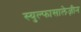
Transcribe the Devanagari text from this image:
स्युल्फासालेज़ीन